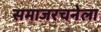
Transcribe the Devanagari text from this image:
समाजरचनेला